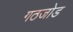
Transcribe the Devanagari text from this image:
गठजोड